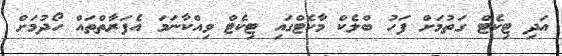
އަދި ޓިކެޓް ގަތުމަށް ފަހު ބްލެކް މާކެޓްގައި ޓިކެޓް ވިއްކާނަމަ އެފަރާތްތައް ހޯދުމަށް